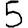
Digit: 5